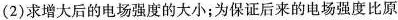
(2)求增大后的电场强度的大小；为保证后来的电场强度比原